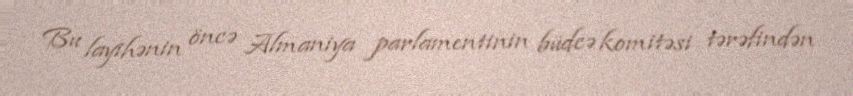
Bu layihənin öncə Almaniya parlamentinin büdcə komitəsi tərəfindən